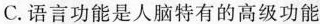
C.语言功能是人脑特有的高级功能